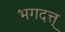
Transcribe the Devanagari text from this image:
भगदत्त्